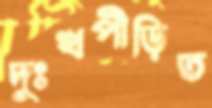
দুঃখপীড়িত